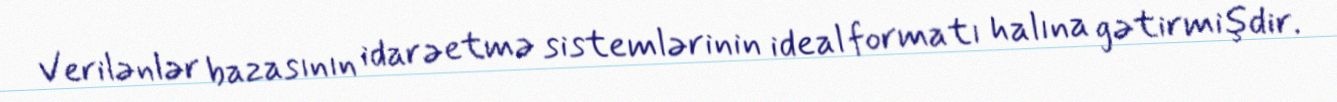
Verilənlər bazasının idarəetmə sistemlərinin ideal formatı halına gətirmişdir.